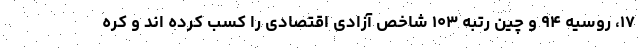
۱۷، روسیه ۹۴ و چین رتبه ۱۰۳ شاخص آزادی اقتصادی را کسب کرده اند و کره